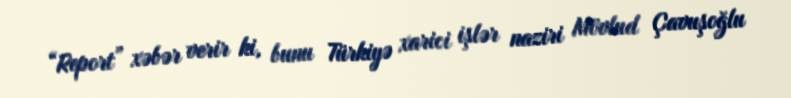
“Report” xəbər verir ki, bunu Türkiyə xarici işlər naziri Mövlud Çavuşoğlu